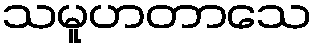
သမူဟတာသေ